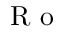
\textrm { R o }